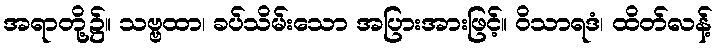
အရာတို့၌။ သဗ္ဗထာ၊ ခပ်သိမ်းသော အပြားအားဖြင့်။ ဝိသာရဒံ၊ ထိတ်လန့်